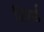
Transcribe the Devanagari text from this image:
जिरार्ड